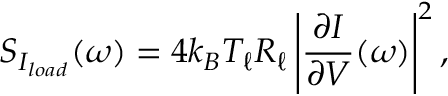
S _ { I _ { l o a d } } ( \omega ) = 4 k _ { B } T _ { \ell } R _ { \ell } \left| \frac { \partial I } { \partial V } ( \omega ) \right| ^ { 2 } ,